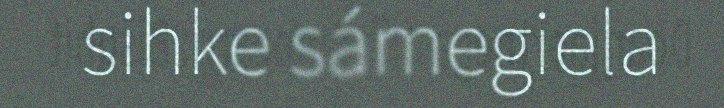
sihke sámegiela